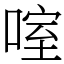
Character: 㗌